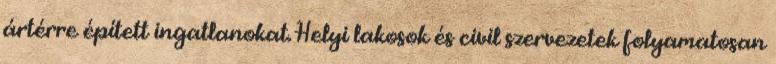
ártérre épített ingatlanokat. Helyi lakosok és civil szervezetek folyamatosan